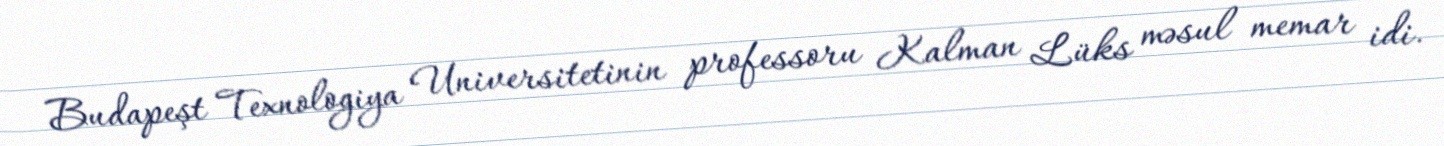
Budapeşt Texnologiya Universitetinin professoru Kalman Lüks məsul memar idi.